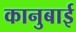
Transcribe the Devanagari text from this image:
कानुबाई